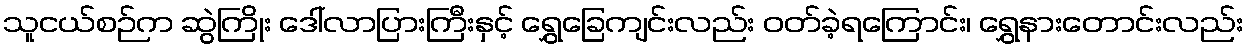
သူငယ်စဉ်က ဆွဲကြိုး ဒေါ်လာပြားကြီးနှင့် ရွှေခြေကျင်းလည်း ဝတ်ခဲ့ရကြောင်း၊ ရွှေနားတောင်းလည်း